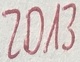
Text: ZD13